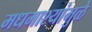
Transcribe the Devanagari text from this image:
मधमाश्यांमुळे